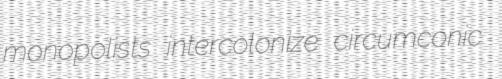
monopolists intercolonize circumconic